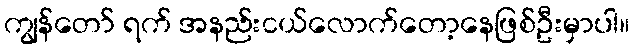
ကျွန်တော် ရက် အနည်းငယ်လောက်တော့နေဖြစ်ဦးမှာပါ။